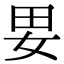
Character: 㚻